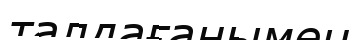
талдағанымен